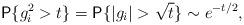
LaTeX: \begin{align*}\textsf{P}\{g_{i}^{2}>t \}=\textsf{P}\{\vert g_{i}\vert>\sqrt{t} \}\sim e^{-t/2},\end{align*}